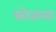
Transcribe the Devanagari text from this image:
कोताना